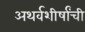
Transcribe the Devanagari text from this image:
अथर्वशीर्षांची